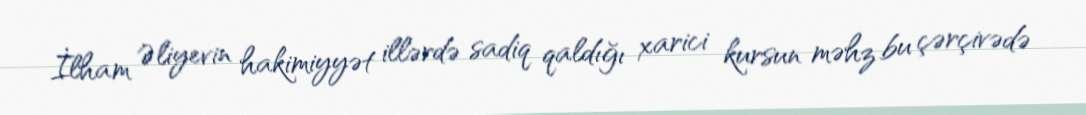
İlham Əliyevin hakimiyyət illərdə sadiq qaldığı xarici kursun məhz bu çərçivədə